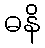
ဓနိ